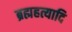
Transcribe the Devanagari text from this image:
ब्रह्महत्यादि